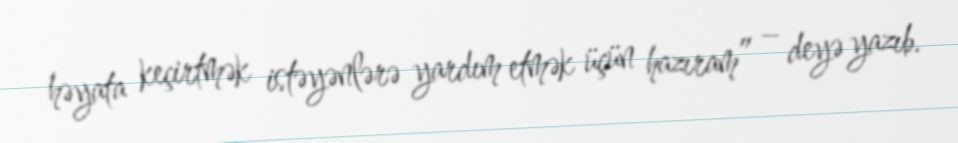
həyata keçirtmək istəyənlərə yardım etmək üçün hazıram” – deyə yazıb.